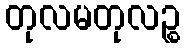
တုလမတုလဉ္စ